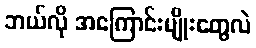
ဘယ်လို အကြောင်းမျိုးတွေလဲ